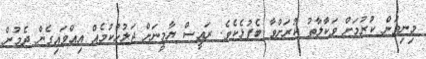
މިނިވަން ކުރުމަށް ވަކާލާތު ކުރަށްވާ ބެފުޅެކެވެ. ރައީސް ޔާމީނަށް ޖަލުހުކުމެއް އިއްވައިގެން ދެމުން